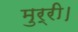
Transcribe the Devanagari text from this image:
मुर्री।